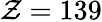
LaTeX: \mathcal{Z}=139